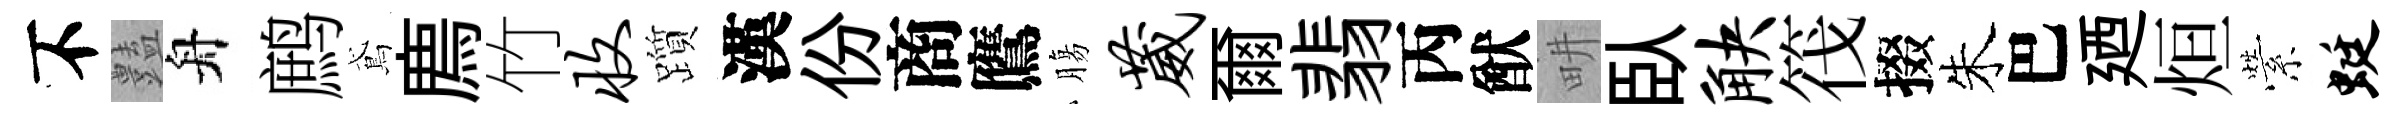
不𧰟舟鹧鳶廌竹收躓漢份商鷹膓葳爾翡丙猷畊臥觖筏掇朱巴廼烜縈蜓